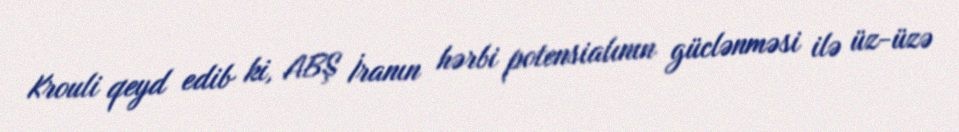
Krouli qeyd edib ki, ABŞ İranın hərbi potensialının güclənməsi ilə üz-üzə